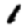
Digit: 1